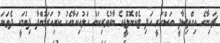
ޗައިނާގެ އިގްތިސާދީ އަސްކަރީ އަދި ޓެކްނޮލޮޖީގެ ބާރުވެރިކަން ހަލުއިކަމާއެކު ކުރިއަރަމުންދާ ދިޔުމަކީ ދެވަނަ